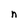
Character: n